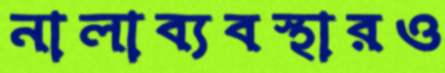
নালাব্যবস্থারও